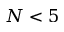
N < 5